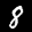
Label: 8